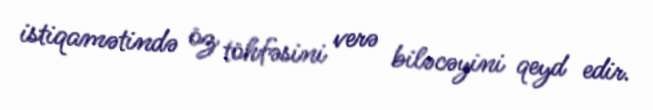
istiqamətində öz töhfəsini verə biləcəyini qeyd edir.